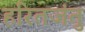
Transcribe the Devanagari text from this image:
हरितजंतु